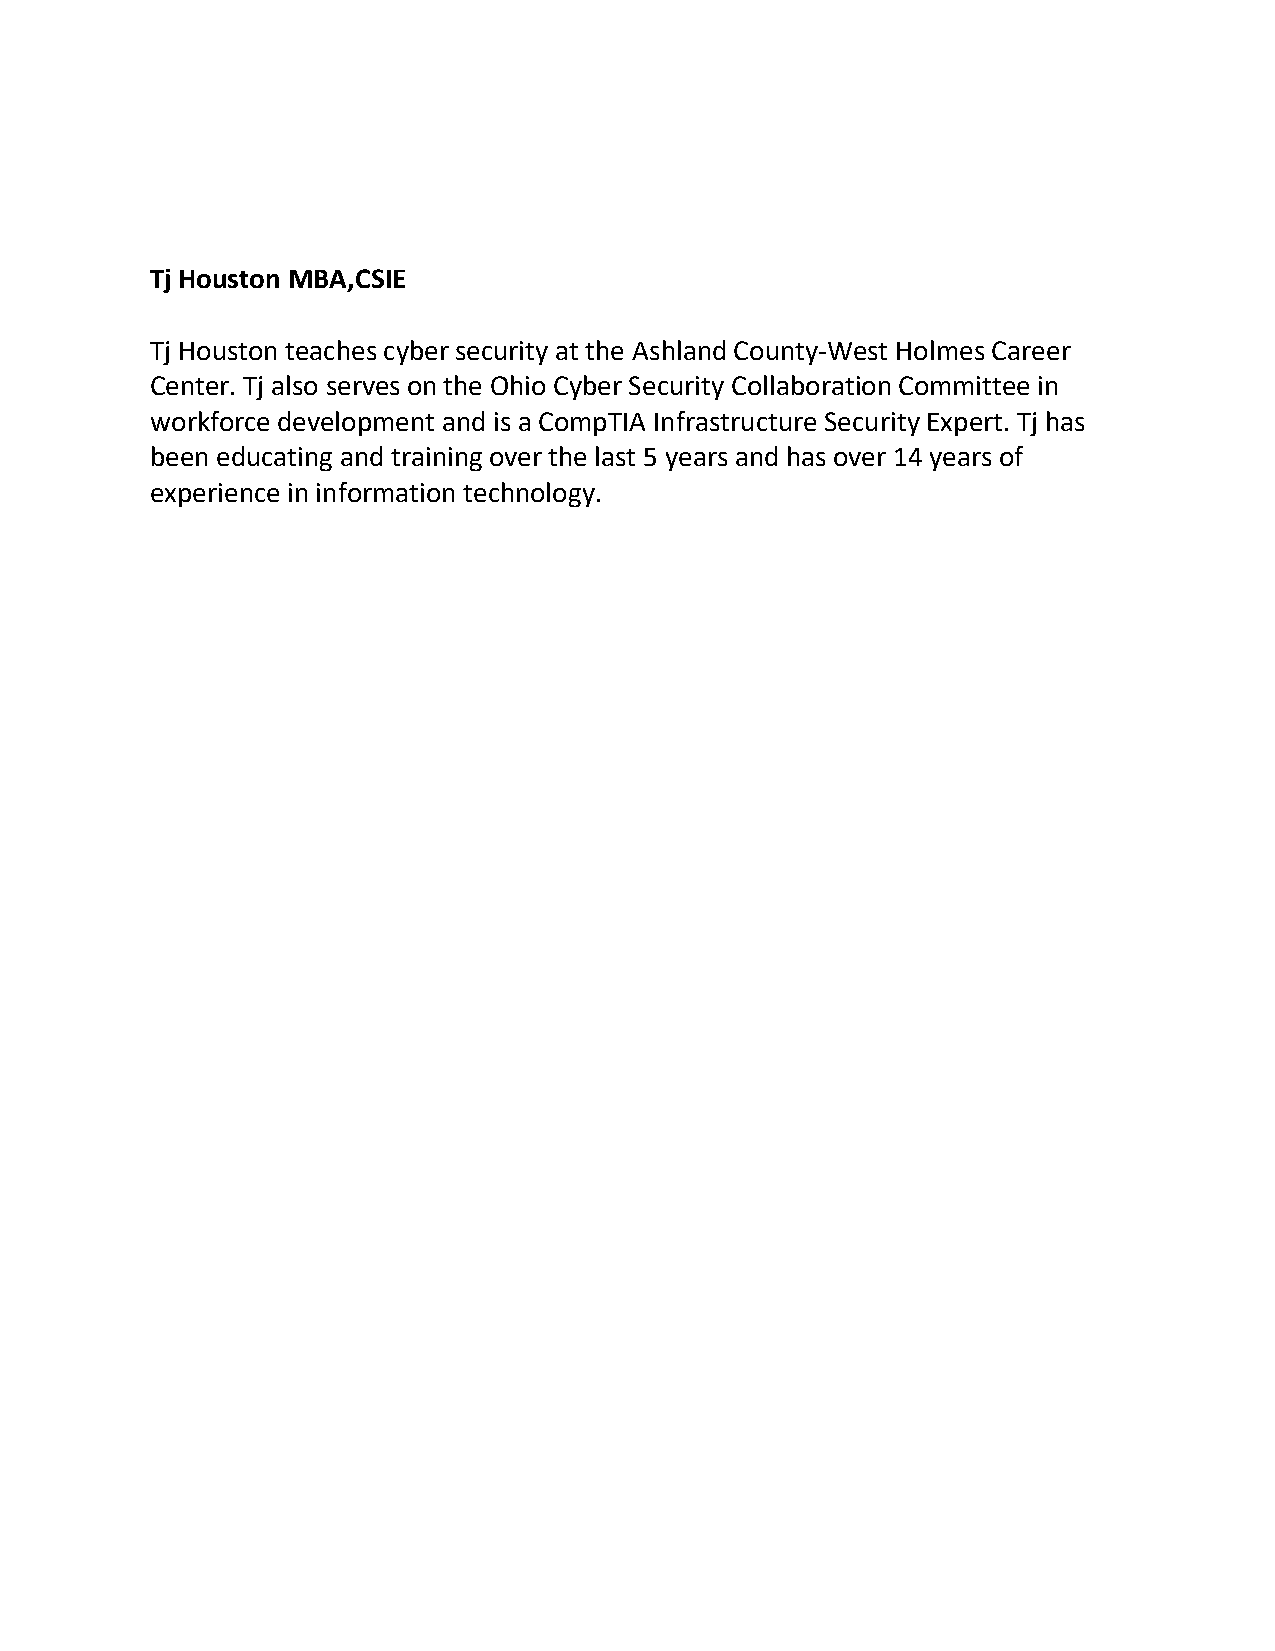
Tj Houston MBA,CSIE
 Tj Houston teaches cyber security at the Ashland County-West Holmes Career
 Center. Tj also serves on the Ohio Cyber Security Collaboration Committee in
 workforce development and is a CompTIA Infrastructure Security Expert. Tj has
 been educating and training over the last 5 years and has over 14 years of
 experience in information technology.